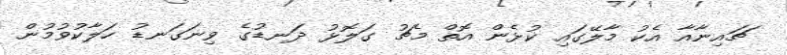
ޗައިނާއާ އެކު މާލޭގައި ކުޅެން އޮތް މެޗު ގަލޮޅު ދަނޑުގެ ވިނަގަނޑު ހަލާކުވުމުން